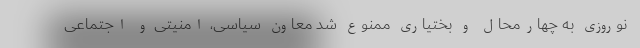
نوروزی به چهارمحال و بختیاری ممنوع شد معاون سیاسی، امنیتی و اجتماعی